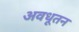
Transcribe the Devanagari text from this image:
अवधूतन